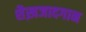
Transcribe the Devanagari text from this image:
शैख़जादगान